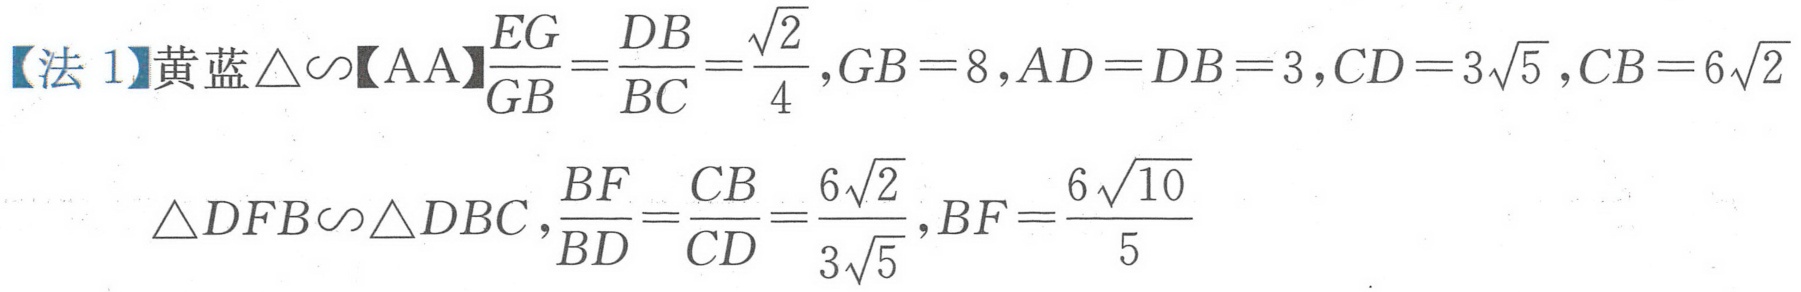
【法1】黄蓝\(\triangle\sim\)【AA】\(\frac{EG}{GB}=\frac{DB}{BC}=\frac{\sqrt{2}}{4},GB = 8,AD = DB = 3,CD = 3\sqrt{5},CB = 6\sqrt{2}\)
\(\triangle DFB\sim\triangle DBC,\frac{BF}{BD}=\frac{CB}{CD}=\frac{6\sqrt{2}}{3\sqrt{5}},BF=\frac{6\sqrt{10}}{5}\)